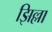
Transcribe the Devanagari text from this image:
झिल्ला